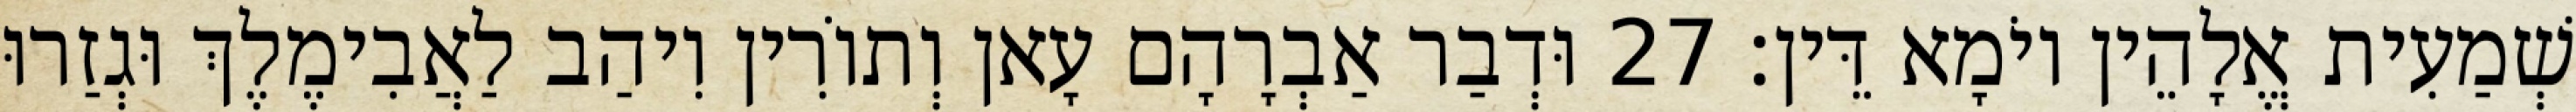
שְׁמַעִית אֱלָהֵין יוֹמָא דֵּין׃ 27 וּדְבַר אַבְרָהָם עָאן וְתוֹרִין וִיהַב לַאֲבִימֶלֶךְ וּגְזַרוּ